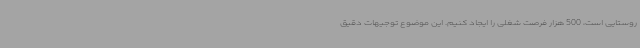
روستایی است، 500 هزار فرصت شغلی را ایجاد کنیم. این موضوع توجیهات دقیق